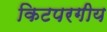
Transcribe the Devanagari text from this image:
किटपरगीय